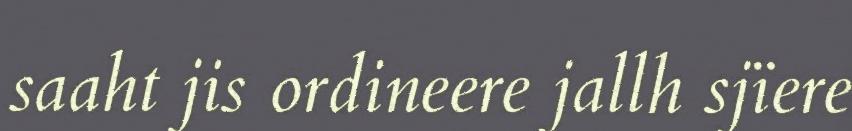
saaht jis ordineere jallh sjïere